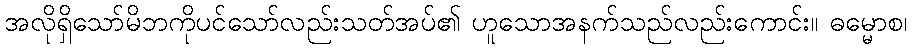
အလိုရှိသော်မိဘကိုပင်သော်လည်းသတ်အပ်၏ ဟူသောအနက်သည်လည်းကောင်း။ ဓမ္မောစ၊